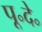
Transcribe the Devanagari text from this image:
पू॰दे॰